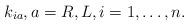
LaTeX: \begin{align*}k_{ia} ,a = R,L,i = 1,\ldots,n.\end{align*}